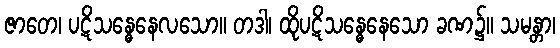
ဇာတေ၊ ပဋိသန္ဓေနေလသော။ တဒါ၊ ထိုပဋိသန္ဓေနေသော ခဏ၌။ သမန္တာ၊